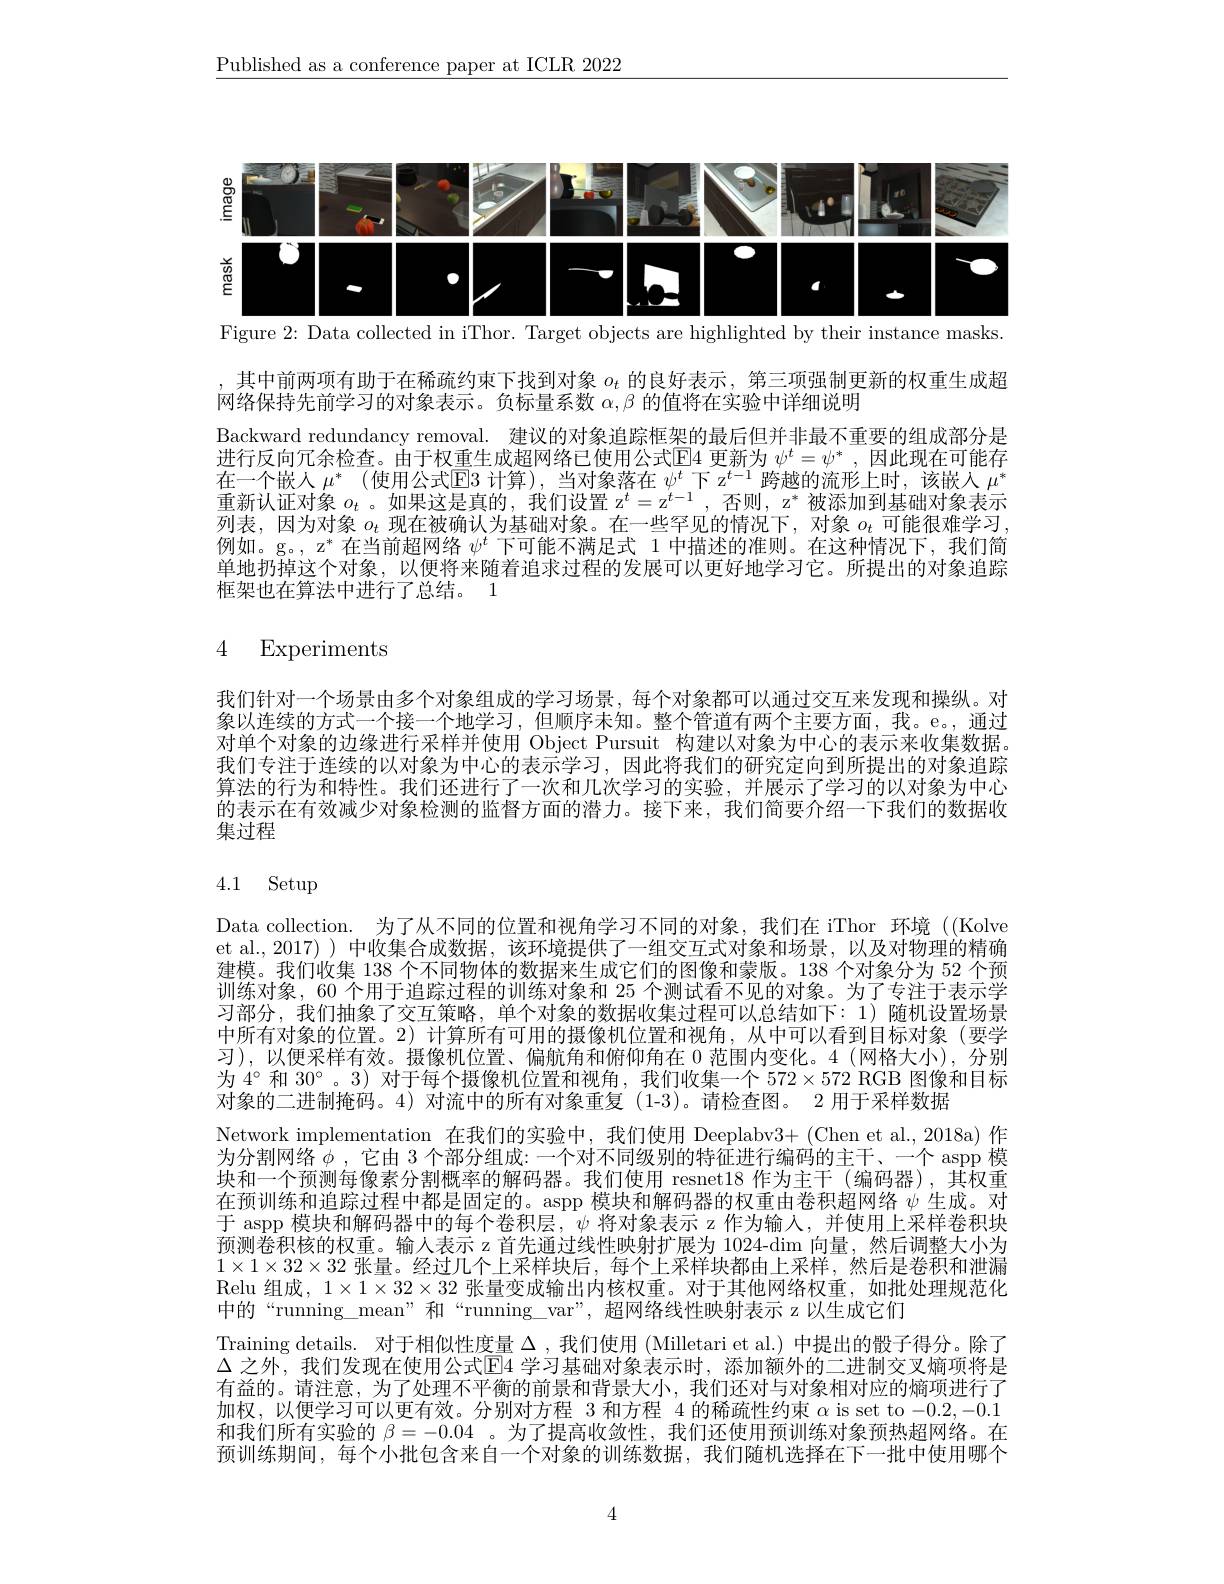
$\underline{\text{Published as a conference paper at ICLR 2022}}$

<FigureHere>
Figure 2: Data collected in iThor. Target objects are highlighted by their instance masks.

其中前两项有助于在稀疏约束下找到对象$o_t$的良好表示，第三项强制更新的权重生成超
网络保持先前学习的对象表示。负标量系数$\alpha,\beta$的值将在实验中详细说明
Backward redundancy removal. 建议的对象追踪框架的最后但并非最不重要的组成部分是进行反向冗余检查。由于权重生成超网络已使用公式$\Xi$4 更新为 $\psi^t=\psi^*$, 因此现在可能存在一个嵌人$\mu^*$ (使用公式$\overline\text{E}3$计算),当对象落在$\psi^t$下 z$^t-1$跨越的流形上时，该嵌人$\mu^*$ 重新认证对象$o_t$ 。如果这是真的，我们设置 z$^t=\mathrm{z}^{t-1}$,否则，z$^*$被添加到基础对象表示则表。因为对象$o_{t}$现在被确认为暴础对象。不一些军见的情况卜，对象$o_{t}$叫能很难学习例如。g。, z$^*$在当前超网络$\psi^t$下可能不满足式 1 中描述的准则。在这种情况下，我们简单地扔掉这个对象，以便将来随着追求过程的发展可以更好地学习它。所提出的对象追踪框架也在算法中进行了总结。1

## 4 Experiments

我们针对一个场景由多个对象组成的学习场景，每个对象都可以通过交互来发现和操纵。对象以连续的方式一个接一个地学习，但顺序未知。整个管道有两个主要方面，我。e。通过对单个对象的边缘进行采样并使用 Object Pursuit 构建以对象为中心的表示来收集数据。我们专注于连续的以对象为中心的表示学习，因此将我们的研究定向到所提出的对象追踪算法的行为和特性。我们还进行了一次和几次学习的实验，并展示了学习的以对象为中心的表示在有效减少对象检测的监督方面的潜力。接下来，我们简要介绍一下我们的数据收集过程

# 4.1 Setup

Data collection. 为了从不同的位置和视角学习不同的对象，我们在 iThor 环境 ((Kolves)) et al.,2017))中收集合成数据，该环境提供了一组交互式对象和场景，以及对物理的精确建模。我们收集 138 个不同物体的数据来生成它们的图像和蒙版。138 个对象分为 52 个预训练对象，60 个用于追踪过程的训练对象和 25 个测试看不见的对象。为了专注于表示学习部分，我们抽象了交互策略，单个对象的数据收集过程可以总结如下：1)随机设置场景中所有对象的位置。2)计算所有可用的摄像机位置和视角，从中可以看到目标对象(要学习),以便采样有效。摄像机位置、偏航角和俯仰角在0范围内变化。4(网格大小),分别为 4° 和 30°。3) 对于每个摄像机位置和视角，我们收集一个 572×572 RGB 图像和目标对象的二进制掩码。4) 对流中的所有对象重复 (1-3)。请检查图。2 用于采样数据
Network implementation 在我们的实验中，我们使用 Deeplabv3+(Chen et al.,2018a)作为分割网络$\phi$ ,它由 3 个部分组成：一个对不同级别的特征进行编码的主干、一个 aspp 模块和一个预测每像素分割概率的解码器。我们使用 resnet18 作为主干(编码器),其权重在预训练和追踪过程中都是固定的。aspp 模块和解码器的权重由卷积超网络$\psi$生成。对于 aspp 模块和解码器中的每个卷积层，$\psi$将对象表示 z 作为输入，并使用上采样卷积块预测卷积核的权重。输人表示 z 首先通过线性映射扩展为 1024-dim 向量，然后调整大小为$1\times1\times32\times32$张量。经过几个上采样块后，每个上采样块都由上采样，然后是卷积和泄漏Relu 组成，$1\times1\times32\times32$张量变成输出内核权重。对于其他网络权重，如批处理规范化中的“running\_mean”和“running$\_var”,超网络线性映射表示 z以生成它们$
Training details. 对于相似性度量$\Delta$ ,我们使用 (Milletari et al.) 中提出的骰子得分。除了$\Delta$ 之外，我们发现在使用公式$\mathbb{E}$4 学习基础对象表示时，添加额外的二进制交叉熵项将是有益的。请注意，为了处理不平衡的前景和背景大小，我们还对与对象相对应的熵项进行了加权，以便学习可以更有效。分别对方程 3 和方程 4 的稀疏性约束$\alpha$ is set to -0.2,-0.1和我们所有实验的$\beta=-0.04$ 。为了提高收敛性，我们还使用预训练对象预热超网络。在预训练期间，每个小批包含来自一个对象的训练数据，我们随机选择在下一批中使用哪个

4